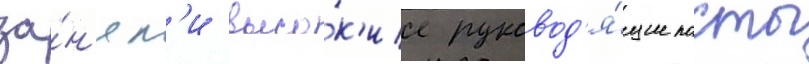
за́н'ял'и высо́к'ие руковод'я́щие посты